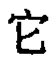
它